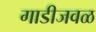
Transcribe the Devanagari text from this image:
गाडीजवळ